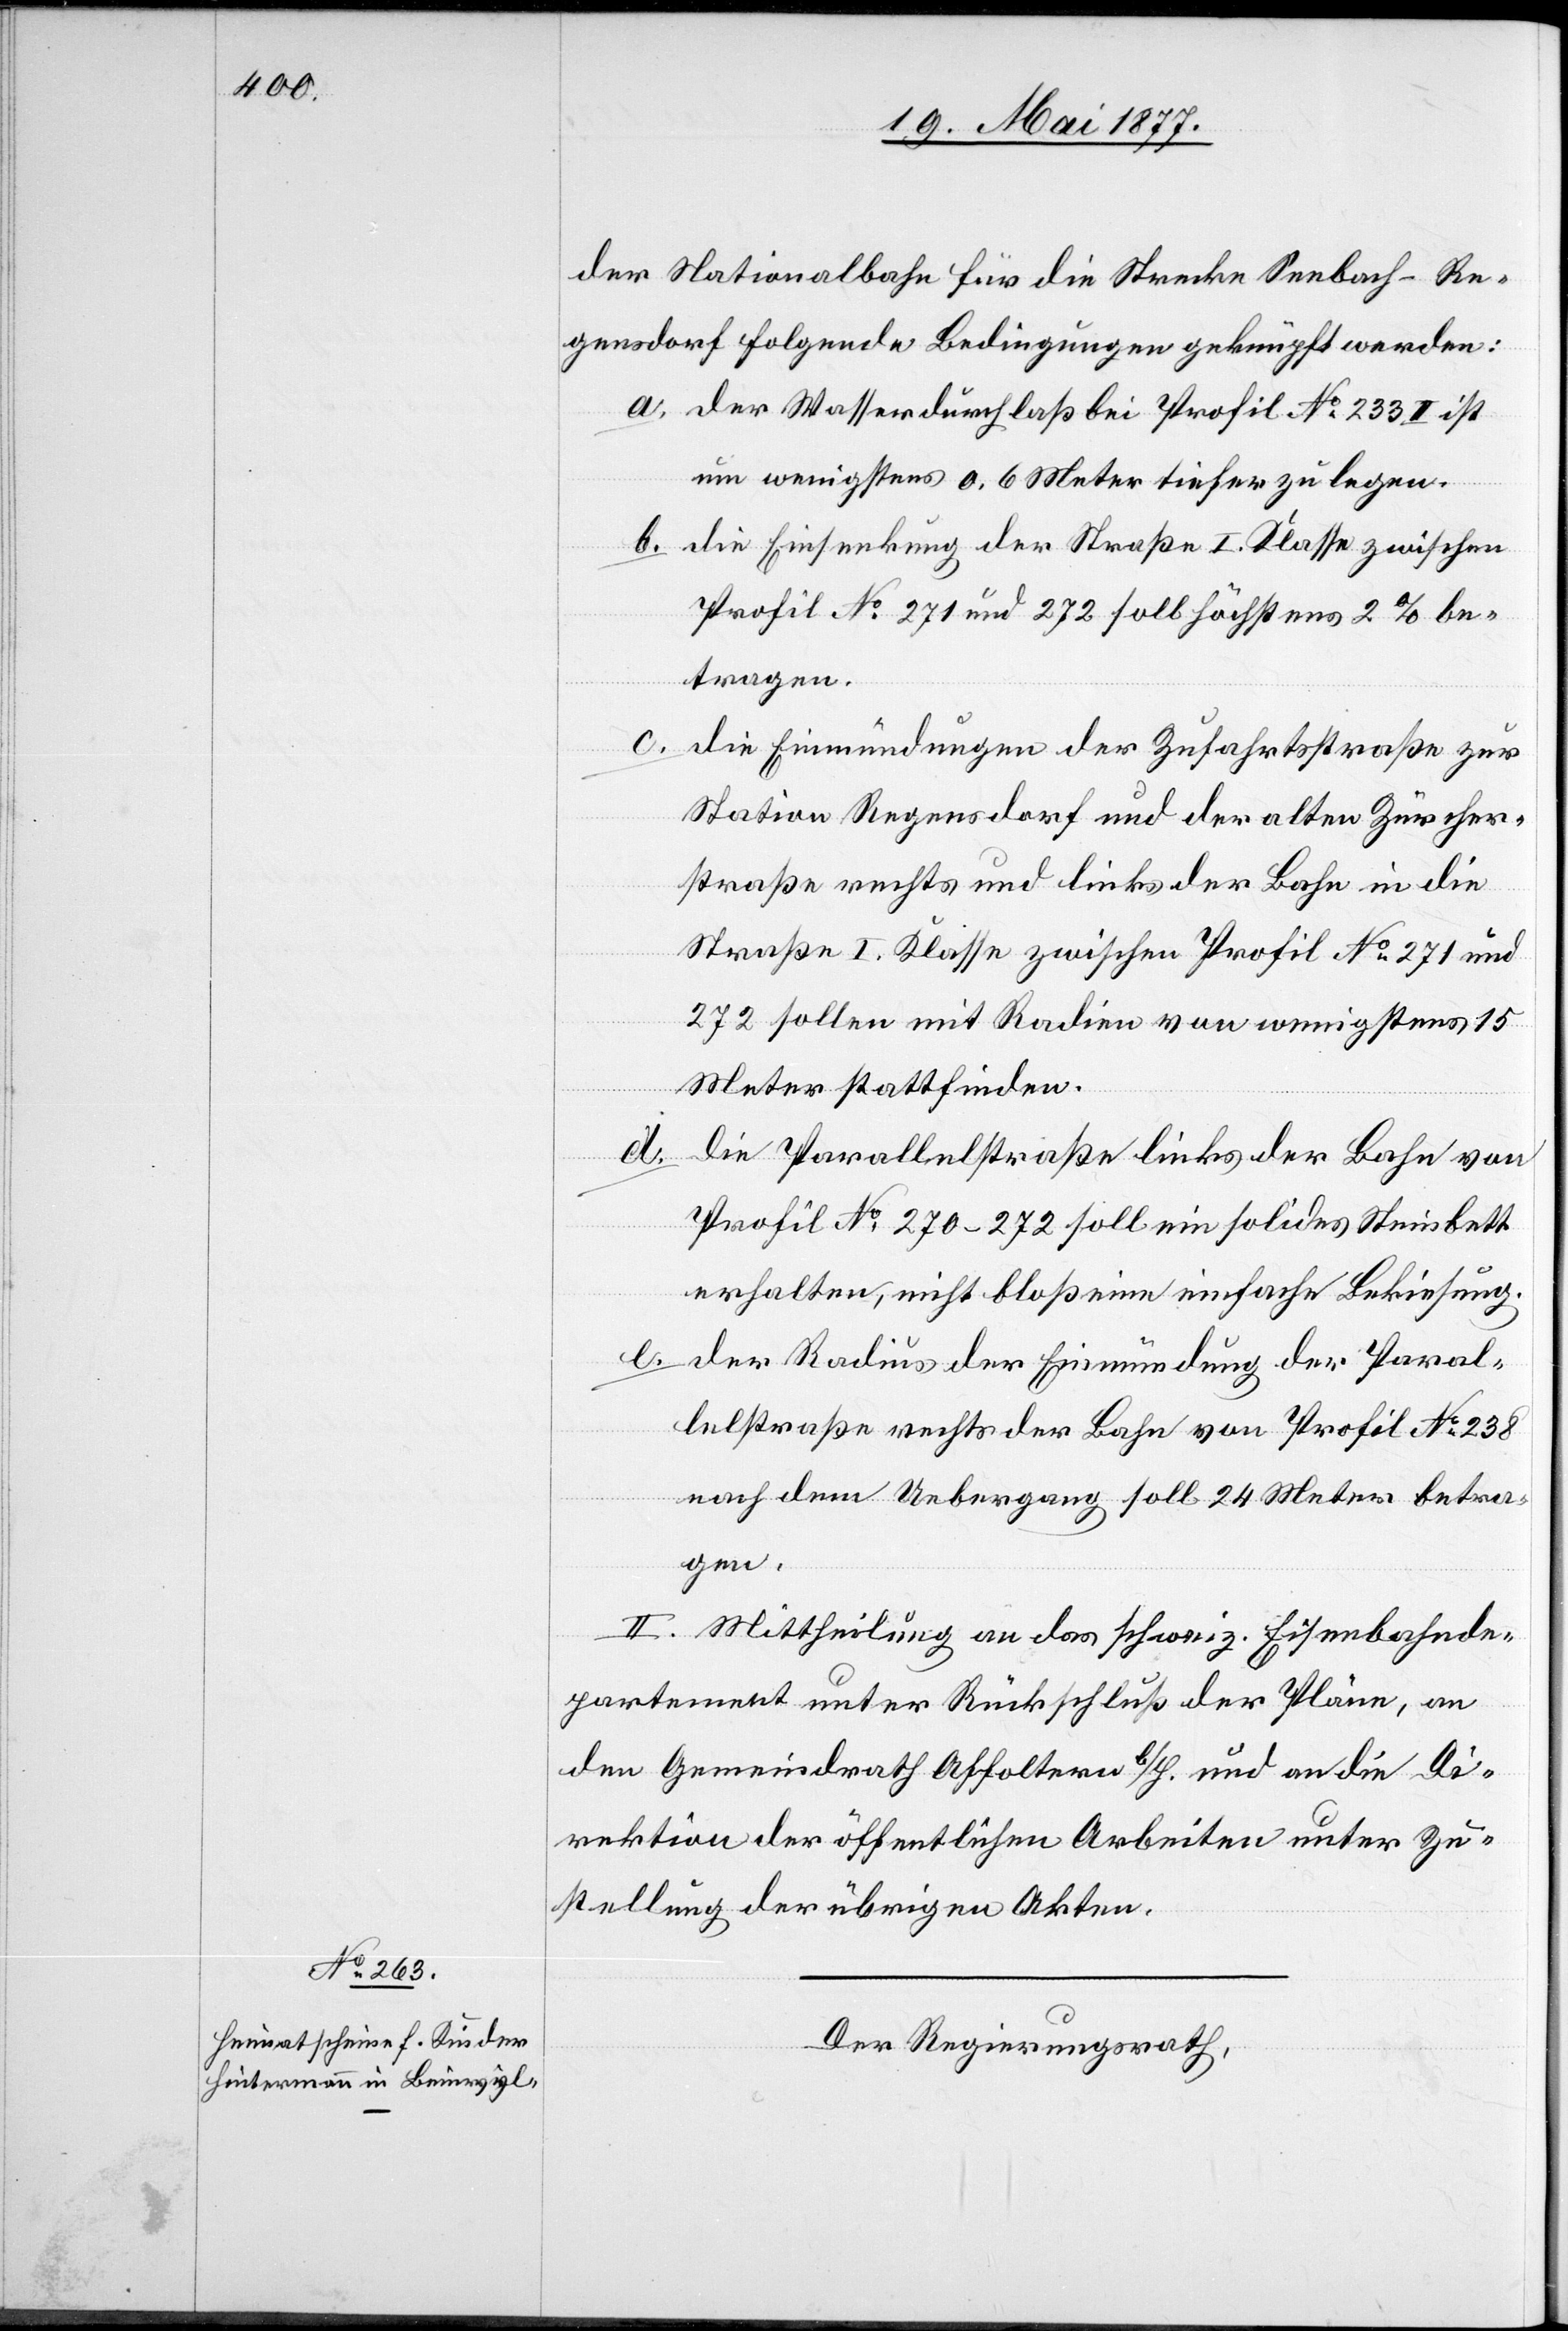
der Nationalbahn für die Strecke Seebach–Re¬
gensdorf folgende Bedingungen geknüpft werden:
a. der Wasserdurchlaß bei Profil No 233 II ist
um wenigstens 0.6 Meter tiefer zu legen.
b. die Einsenkung der Straße I. Klasse zwischen
Profil No 271 und 272 soll höchstens 2% be¬
tragen.
c.
die Einmündungen der Zufahrtsstraße zur
Station Regensdorf und der alten Zürcher¬
straße rechts und links der Bahn in die
Straße I. Klasse zwischen Profil No 271 und
272 sollen mit Radien von wenigstens 15
Meter stattfinden.
d.
die Parallelstraße links der Bahn von
Profil No 270–272 soll ein solides Steinbett
erhalten, nicht bloß eine einfache Bekiesung.
e. der Radius der Einmündung der Paral¬
lelstraße rechts der Bahn von Profil No 238
nach dem Uebergang soll 24 Meter betra¬
gen.
2. Mittheilung an das schweiz. Eisenbahnde¬
partement unter Rückschluß der Pläne, an
den Gemeindrath Affoltern b/H. und an die Di¬
rektion der öffentlichen Arbeiten unter Zu¬
stellung der übrigen Akten.
Der Regierungsrath,